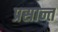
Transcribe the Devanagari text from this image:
प्रसान्त